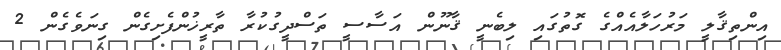
އިންތިޤާލީ މަރުހަލާއެއްގެ ގޮތުގައި ލިބެނީ ޤާނޫން އަސާސީ ތަސްދީގުކުރާ ތާރީޚުންފެށިގެން ގިނަވެގެން 2